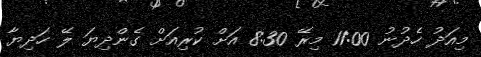
މިއަދު ހެދުނު 11:00 މިރޭ 8:30 އަށް ކުރިއަށް ގެންދިޔަ ލޭ ހަދިޔާ